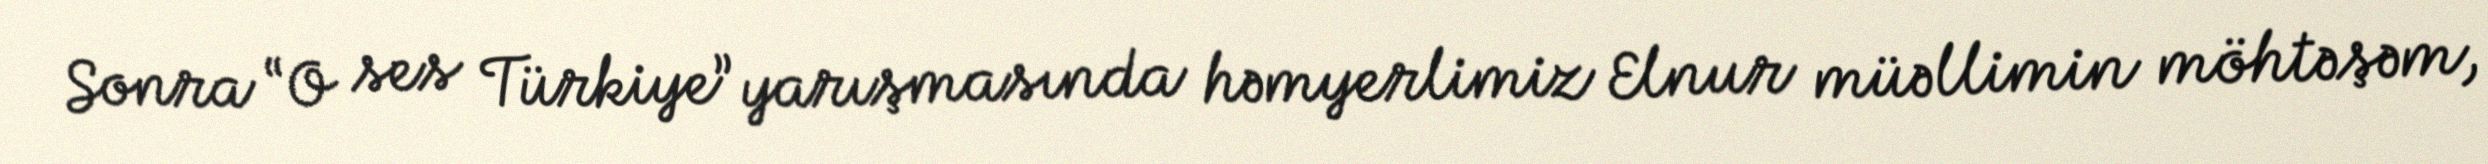
Sonra “O ses Türkiye” yarışmasında həmyerlimiz Elnur müəllimin möhtəşəm,